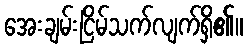
အေးချမ်းငြိမ်သက်လျက်ရှိ၏။